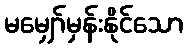
မမျှော်မှန်းနိုင်သော